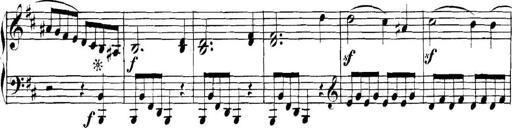
Title: Collected Piano Sonatas
Composer: Muzio Clementi